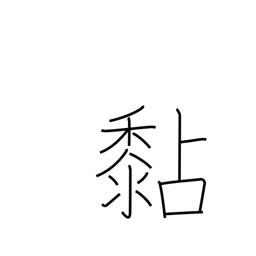
Meaning: stick to